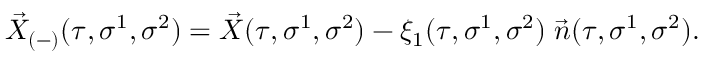
\vec { X } _ { ( - ) } ( \tau , \sigma ^ { 1 } , \sigma ^ { 2 } ) = \vec { X } ( \tau , \sigma ^ { 1 } , \sigma ^ { 2 } ) - \xi _ { 1 } ( \tau , \sigma ^ { 1 } , \sigma ^ { 2 } ) \; \vec { n } ( \tau , \sigma ^ { 1 } , \sigma ^ { 2 } ) .